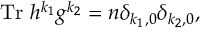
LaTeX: \mathrm { T r } ~ h ^ { k _ { 1 } } g ^ { k _ { 2 } } = n \delta _ { k _ { 1 } , 0 } \delta _ { k _ { 2 } , 0 } ,